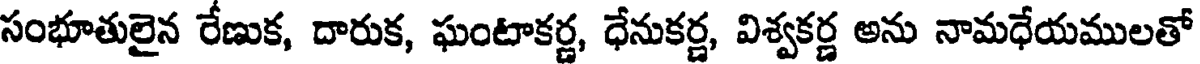
సంభూతులైన రేణుక, దారుక, ఘంటాకర్ణ, ధేనుకర్ణ, విశ్వకర్ణ అను నామధేయములతో